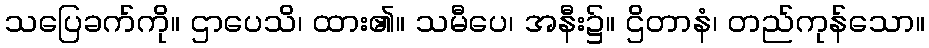
သပြေခက်ကို။ ဌာပေသိ၊ ထား၏။ သမီပေ၊ အနီး၌။ ဌိတာနံ၊ တည်ကုန်သော။